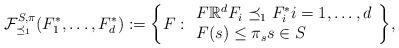
LaTeX: \begin{align*}\mathcal{F}^{S,\pi}_{\preceq_1}(F_1^\ast,\dots,F_d^\ast):= \bigg\{ F : \begin{array}{l}F \mathbb{R}^d F_i\preceq_1 F_i^\ast i=1,\dots, d \\ F(s)\leq \pi_s s\in S \end{array} \bigg\}, \end{align*}